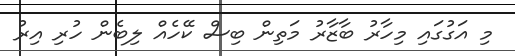
މި އަގުގައި މިހާރު ބާޒާރު މަތިން ބިސް ކޭހެއް ލިބެން ހުރި އިރު